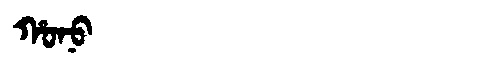
Manchu: ᡥᠣᠨᠣ
Romanization: HONO